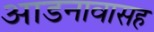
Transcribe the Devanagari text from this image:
आडनावासह